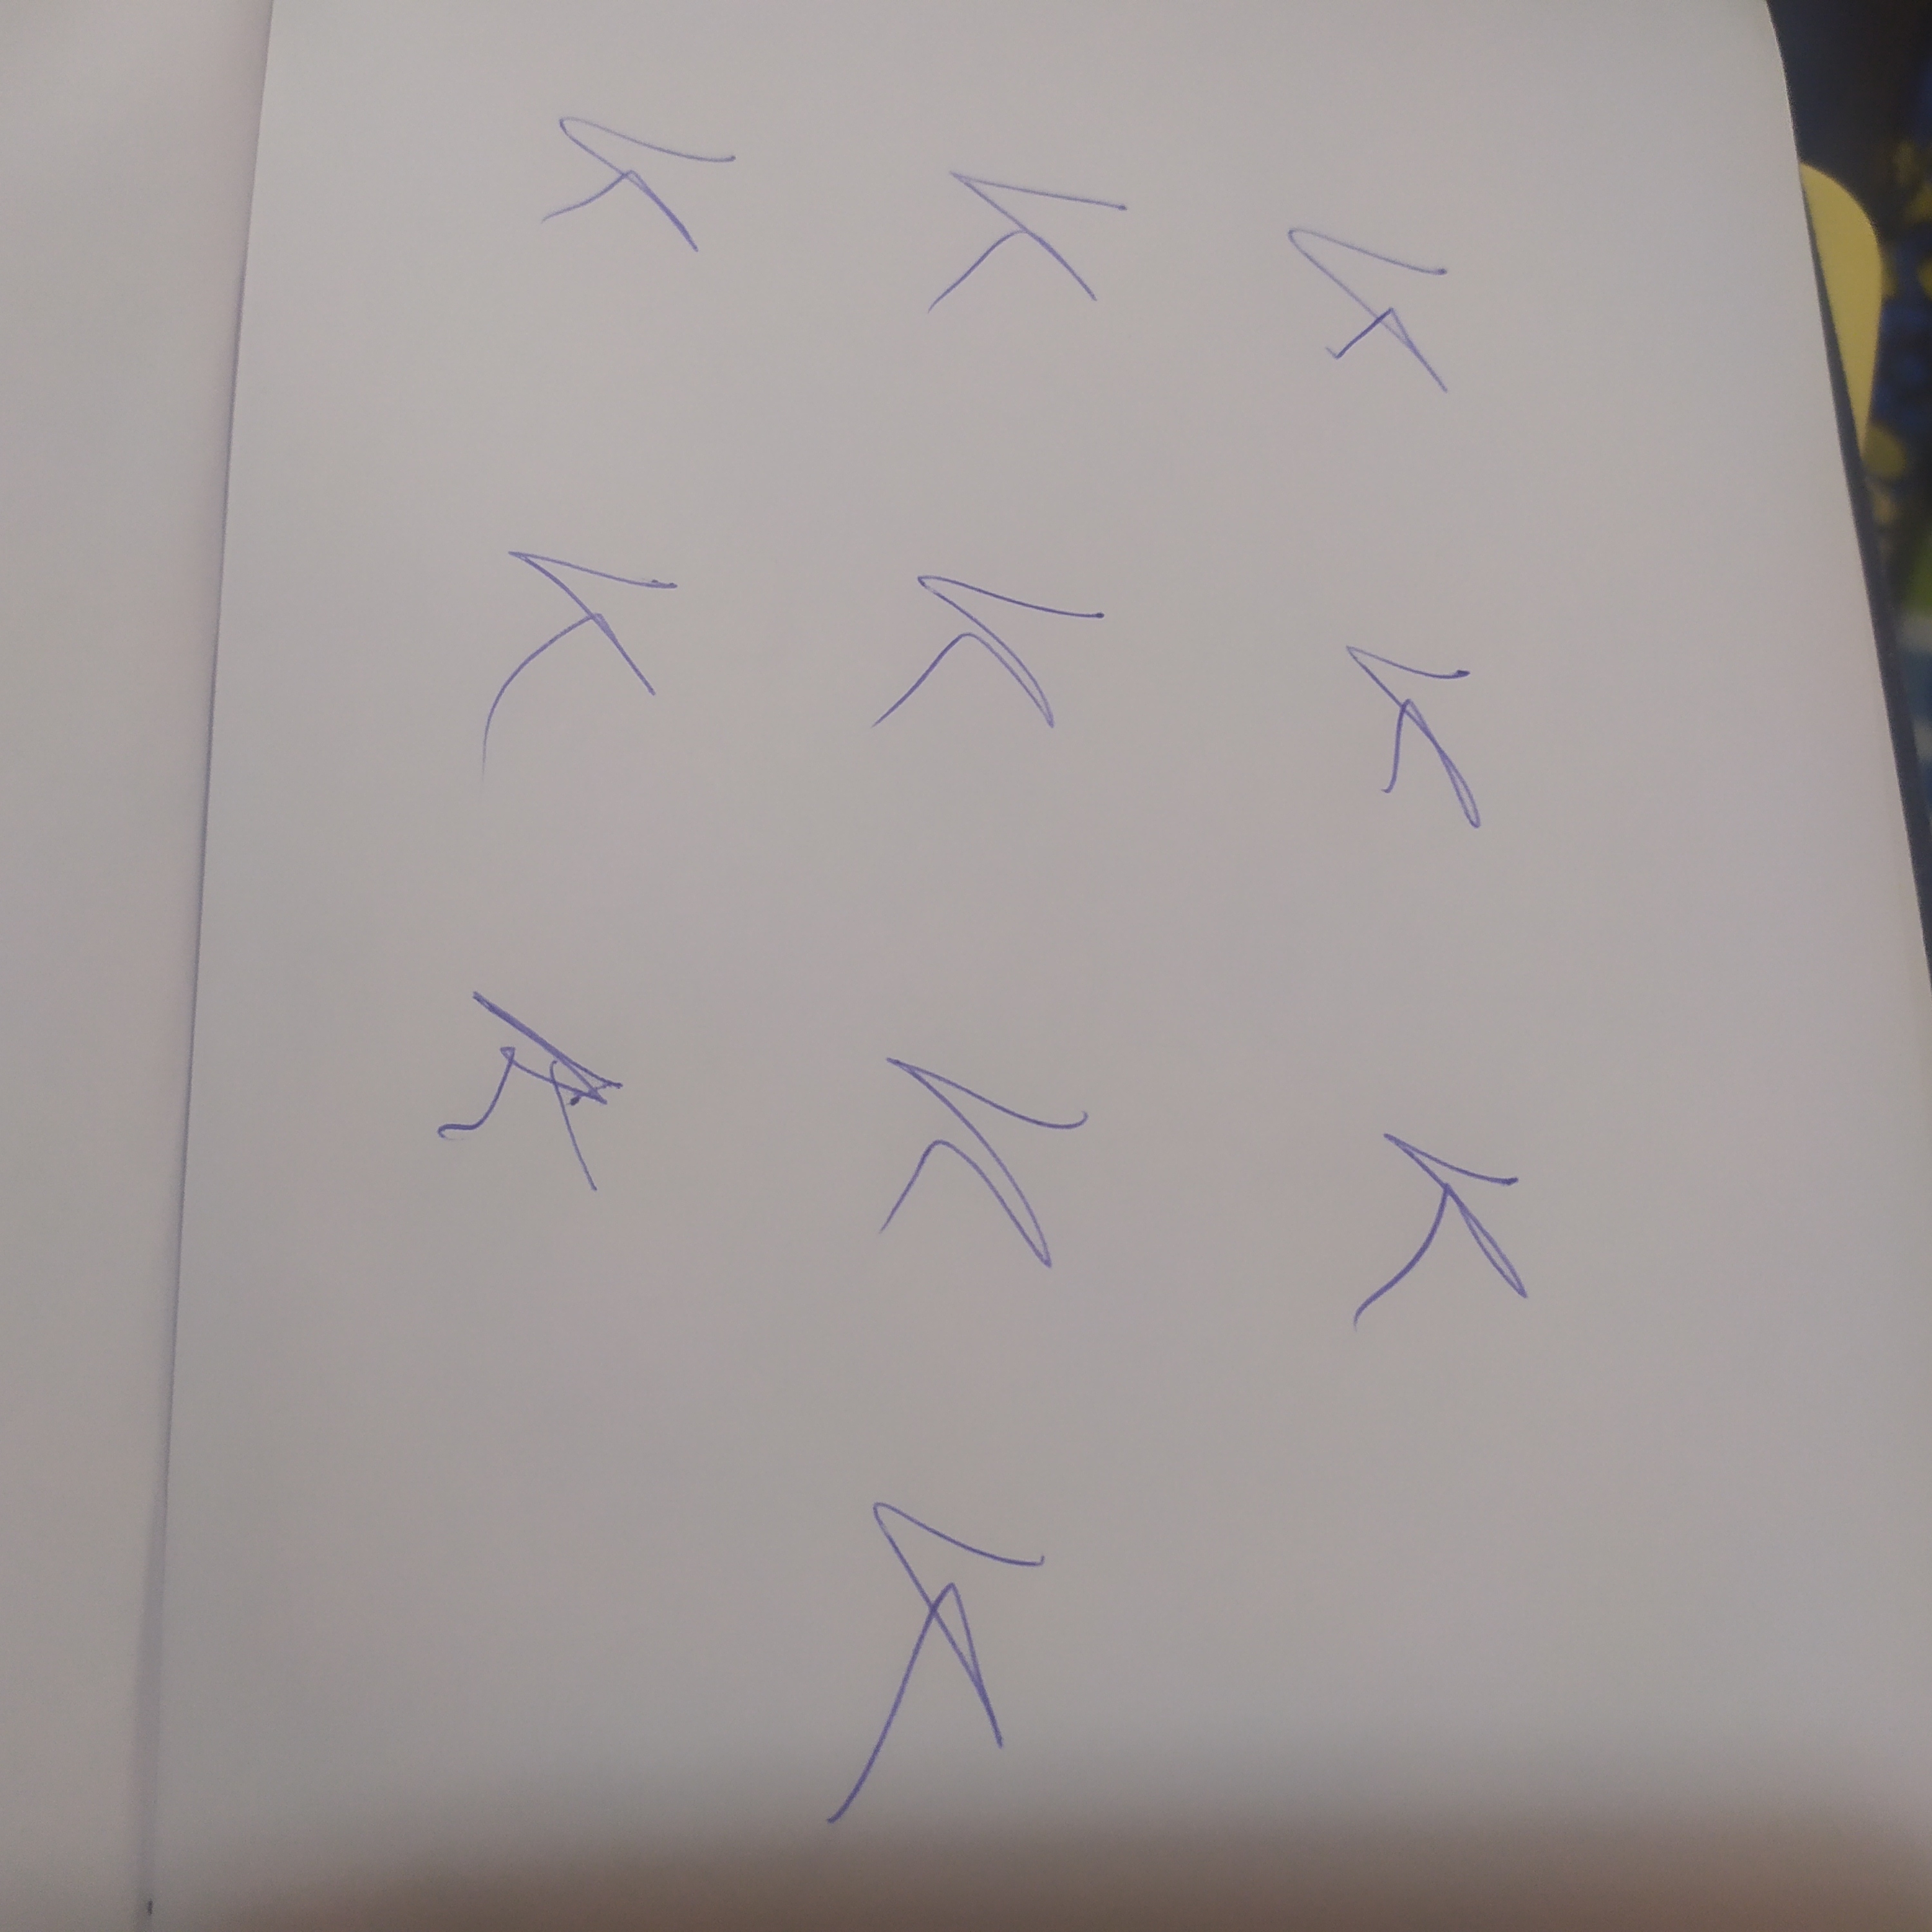
Signature authenticity: genuine